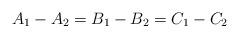
LaTeX: \begin{align*}A_1-A_2=B_1-B_2=C_1-C_2 \end{align*}